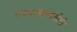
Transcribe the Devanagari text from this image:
राजशब्दोपजीवी